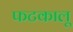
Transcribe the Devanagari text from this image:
फटकालू